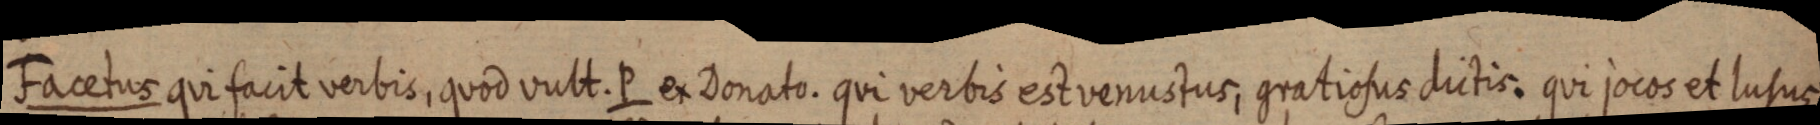
Facetus qui facit verbis, quod vult. P ex Donato. qui verbis est venustus, gratiosus dictis. qui jocos et lusus